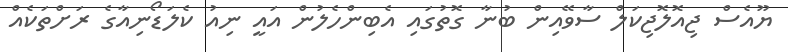
ޔޫއެސް ޖިއޮލޮޖިކަލް ސާވޭއިން ބުނާ ގޮތުގައި އެބިންހެލުން އައީ ނިއު ކެލަޑޯނިއާގެ ރަށްތަކެއް